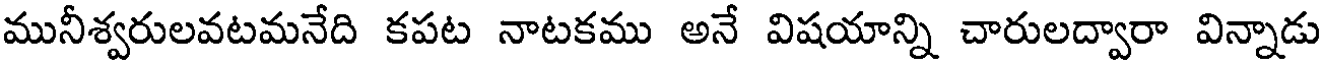
మునీశ్వరులవటమనేది కపట నాటకము అనే విషయాన్ని చారులద్వారా విన్నాడు